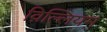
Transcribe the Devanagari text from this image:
व़िल्लियम